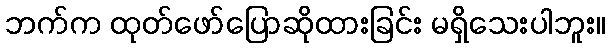
ဘက်က ထုတ်ဖော်ပြောဆိုထားခြင်း မရှိသေးပါဘူး။